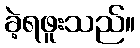
ခဲ့ရဖူးသည်။